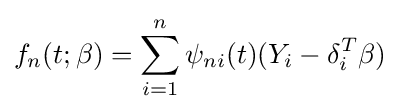
f_{n}(t;\beta )=\sum _{i=1}^{n}\psi _{ni}(t)(Y_{i}-\delta _{i}^{T}\beta )